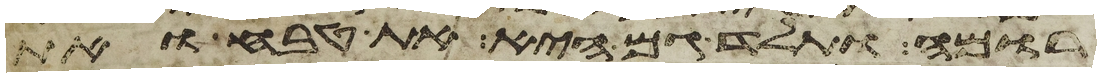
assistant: רומה ותלד גם היא את טבח ואת